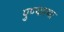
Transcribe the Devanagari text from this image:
पुण्‍यात्‍मा